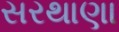
સરથાણા